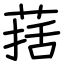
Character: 葀